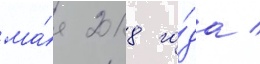
ма́я 2018 го́да /